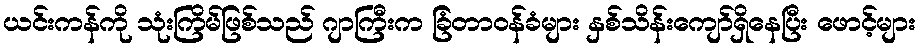
ယင်းကန်ကို သုံးကြိမ်ဖြစ်သည် ဂျာကြီးက ခြံတာဝန်ခံများ နှစ်သိန်းကျော်ရှိနေပြီး ဖောင့်များ